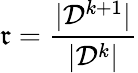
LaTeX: \mathfrak{r}=\frac{{|\mathcal{{D}}^{k+1}|}}{{|\mathcal{{D}}^{k}|}}